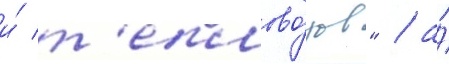
и́ т'еплово́зов" / а́